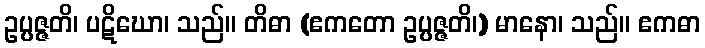
ဥပ္ပဇ္ဇတိ၊ ပဋိဃော၊ သည်။ တိဓာ (ဧကတော ဥပ္ပဇ္ဇတိ၊) မာနော၊ သည်။ ဧကဓာ